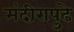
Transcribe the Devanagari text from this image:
मंदीरापुढे